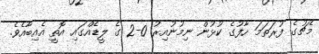
މެޗުގެ ފުރަތަމަ ހާފުގެ ކުޅުން ނިމުނުއިރު 0-2 ގެ ލީޑެއްގައި އޮތީ އެއިބާއެވެ.